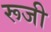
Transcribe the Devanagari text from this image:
रूजी